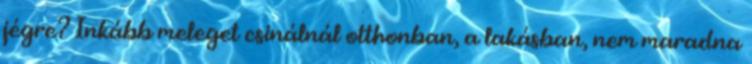
jégre? Inkább meleget csinálnál otthonban, a lakásban, nem maradna